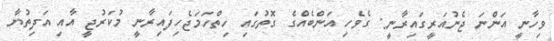
ވިހާނީ އަންނަ ޖެނުއަރީގައިރާނީ: ގެވެހި އަންބެއްގެ ގޮތުގައި ހިތްހަމަޖެހިފައިރާނީ މުކަރުޖީ އާއި އަދިތުޔާ